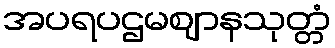
အပရပဌမဈာနသုတ္တံ